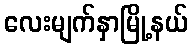
လေးမျက်နှာမြို့နယ်